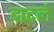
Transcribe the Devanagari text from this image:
दाटले